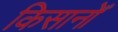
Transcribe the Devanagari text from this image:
किसानोँ